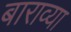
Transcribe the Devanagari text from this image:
बाराव्‍या